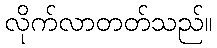
လိုက်လာတတ်သည်။